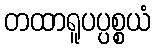
တထာရူပပ္ပစ္စယံ